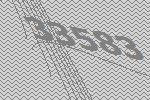
33583